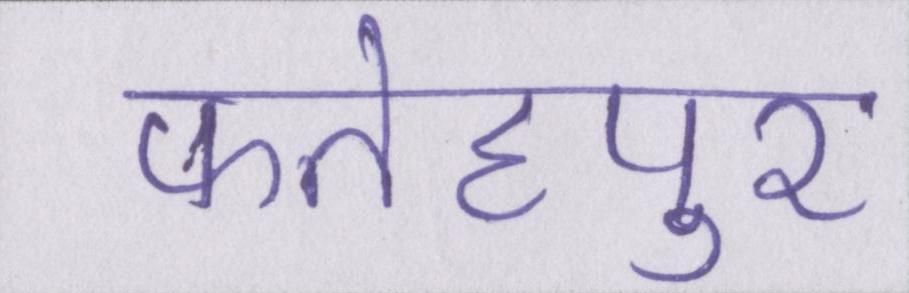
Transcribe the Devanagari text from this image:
फतेहपुर